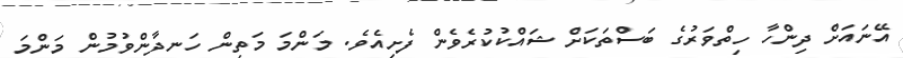
އޭނައަށް ދިންހާ ހިތްވަރުގެ ބަސްތަކަށް ޝައްކުކުރެވެން ފެށިއެވެ. މަންމަ މަތިން ހަނދާންވުމުން މަންމަ